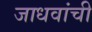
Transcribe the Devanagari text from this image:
जाधवांची